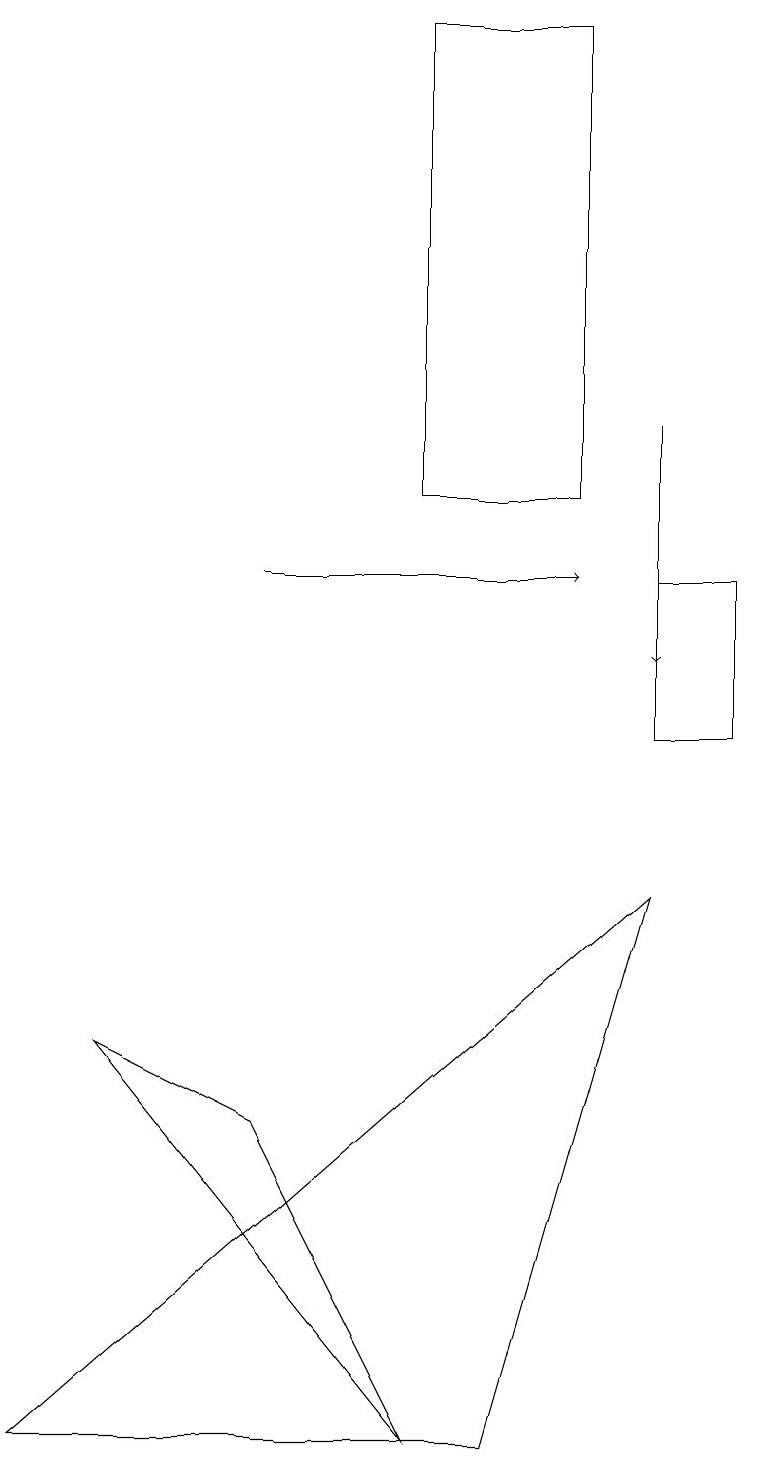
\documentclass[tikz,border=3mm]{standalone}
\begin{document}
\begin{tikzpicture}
\draw (0,1) -- (8,8) -- (6,1) -- cycle;
\draw (5,19) rectangle (7,13);
\draw[->] (8,14) -- (8,11);
\draw (3,5) -- (5,1) -- (1,6) -- cycle;
\draw[->] (3,12) -- (7,12);
\draw (8,12) rectangle (9,10);
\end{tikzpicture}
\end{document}